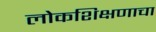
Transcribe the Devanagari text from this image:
लोकशिक्षणाचा